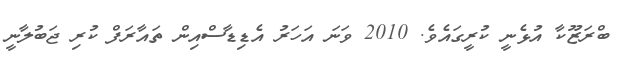
ބްރަޒޫކާ އުޅެނީ ކުރީގައެވެ. 2010 ވަނަ އަހަރު އެޑިޑާސްއިން ތައާރަފް ކުރި ޖަބުލާނީ